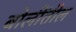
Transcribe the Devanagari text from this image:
बोलींतील